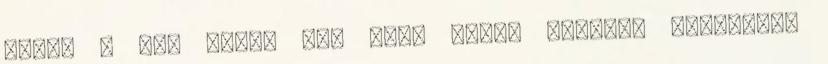
Tris. – Úgy dönt, nem mond ennél többet, emlékezve